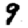
Digit: 9